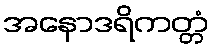
အနောဒရိကတ္တံ